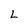
Character: L